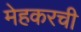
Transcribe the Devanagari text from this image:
मेहकरची